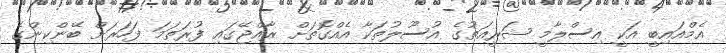
އެމްއައިބީ އަކީ އިސްލާމީ ޝަރީއަތުގެ އުސޫލުތަކާ އެއްގޮތަށް ރާއްޖޭގައި ފުރަތަމަ ފަހަރަށް ބޭންކިންގެ